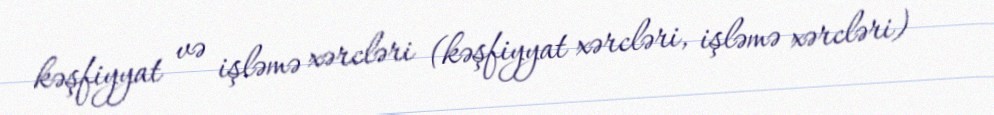
kəşfiyyat və işləmə xərcləri (kəşfiyyat xərcləri, işləmə xərcləri) -